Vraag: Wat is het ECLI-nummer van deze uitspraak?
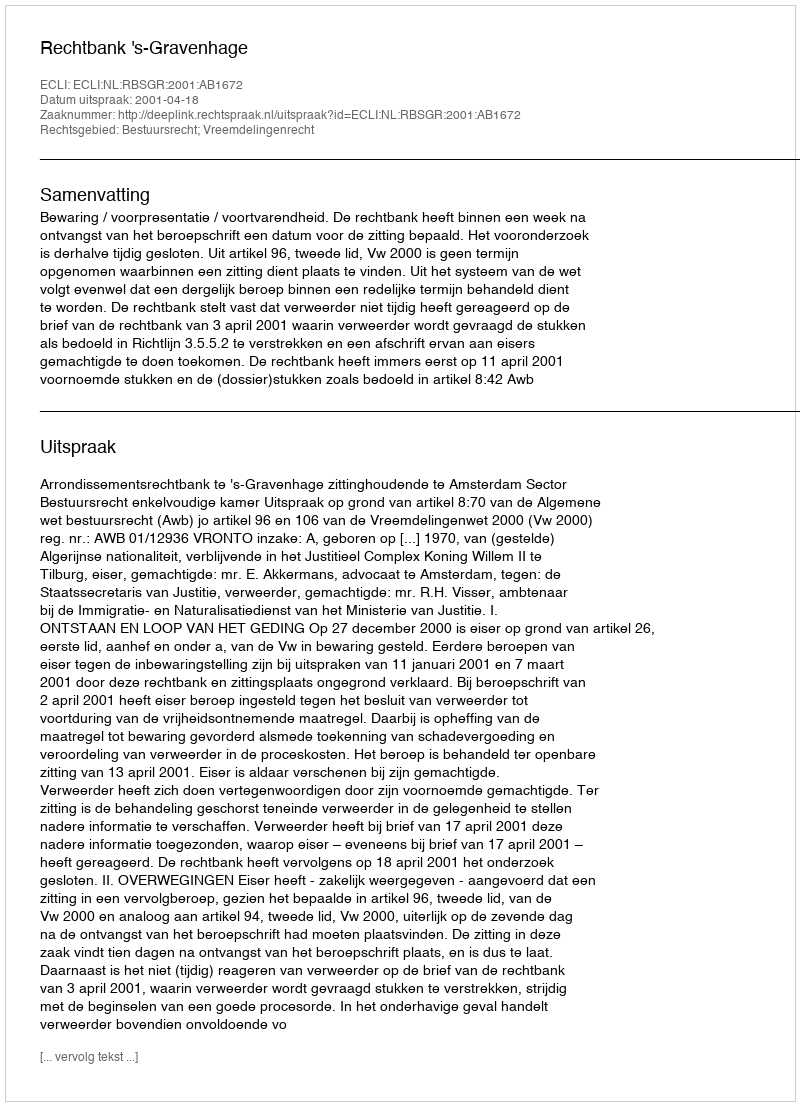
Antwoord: ECLI:NL:RBSGR:2001:AB1672